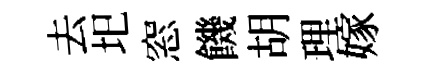
去圯窓饑胡理嫁